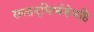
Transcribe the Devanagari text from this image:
सस्तनूभिर्व्यशेमहि